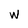
Character: w